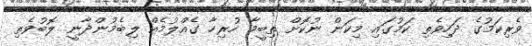
ވެރިކަމުގެ ދަހިވެތި ކަމުގައި މިކަން ނުކޮށް ތިބީމާ ހުރިހާ ގެއްލުމެއް ލިބެމުންދާނީ ލޮބުވެތި